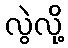
လွဲလို့